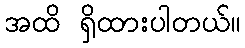
အထိ ရှိထားပါတယ်။